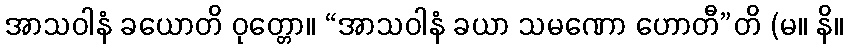
အာသဝါနံ ခယောတိ ဝုတ္တော။ “အာသဝါနံ ခယာ သမဏော ဟောတီ”တိ (မ။ နိ။